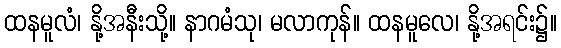
ထနမူလံ၊ နို့အနီးသို့။ နာဂမံသု၊ မလာကုန်။ ထနမူလေ၊ နို့အရင်း၌။